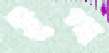
ইগ্গা